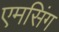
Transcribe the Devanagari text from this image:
एमसिंग